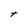
Character: T